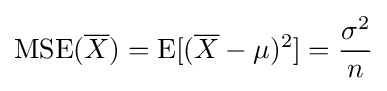
\operatorname {MSE} ({\overline {X}})=\operatorname {E} [({\overline {X}}-\mu )^{2}]={\frac {\sigma ^{2}}{n}}